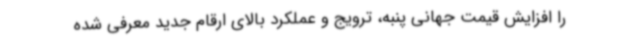
را افزایش قیمت جهانی پنبه، ترویج و عملکرد بالای ارقام جدید معرفی شده